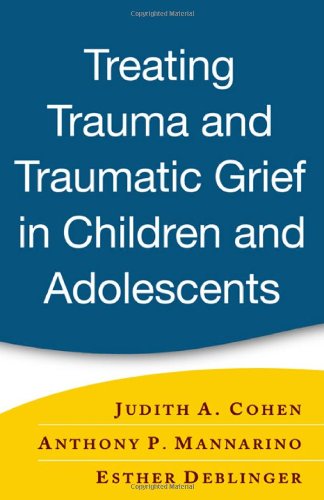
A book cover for Treating Trauma and Traumatic Grief in Children and Adolescents; Judith A. Cohen; Medical Books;